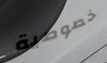
خصوصية